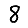
Digit: 8